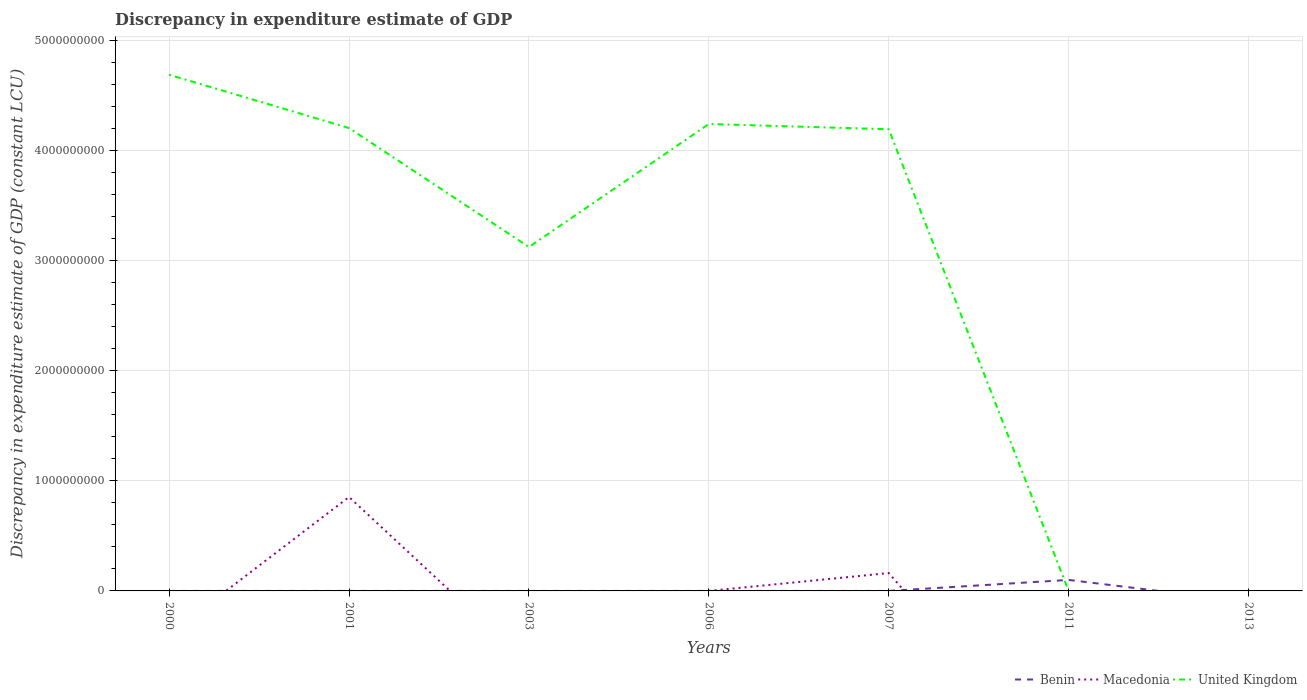
| Years | Benin | Macedonia | United Kingdom |
 | --- | --- | --- | --- |
 | 2000 | 100 | -3.94e+08 | 4.69e+09 |
 | 2001 | 100 | 8.53e+08 | 4.2e+09 |
 | 2003 | 100 | -6.66e+08 | 3.12e+09 |
 | 2006 | 100 | 4.69e+04 | 4.24e+09 |
 | 2007 | 100 | 1.62e+08 | 4.19e+09 |
 | 2011 | 1e+08 | -1.71e+09 | 1.22e+05 |
 | 2013 | -1e+08 | -2.24e+09 | -9.88e+08 |